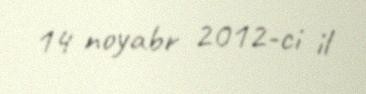
14 noyabr 2012-ci il